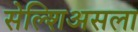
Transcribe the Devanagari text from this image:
सेल्शिअसला